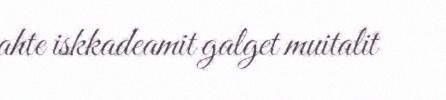
ahte iskkadeamit galget muitalit